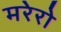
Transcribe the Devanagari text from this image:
मरेरो